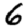
Digit: 6